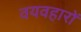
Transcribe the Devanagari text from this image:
वयवहारों